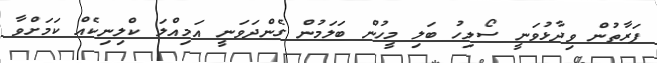
ފަރާތުން ވިދާޅުވަނީ ސޯލިހު ބަލި މީހުން ބަލަމުން ގެންދަވަނީ އަމިއްލަ ކްލިނިކެއް ކަމަށްވާ